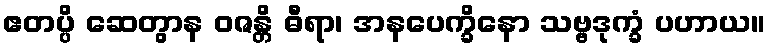
ဧတပ္ပိ ဆေတွာန ဝဇန္တိ ဓီရာ၊ အနပေက္ခိနော သဗ္ဗဒုက္ခံ ပဟာယ။